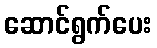
ဆောင်ရွက်ပေး